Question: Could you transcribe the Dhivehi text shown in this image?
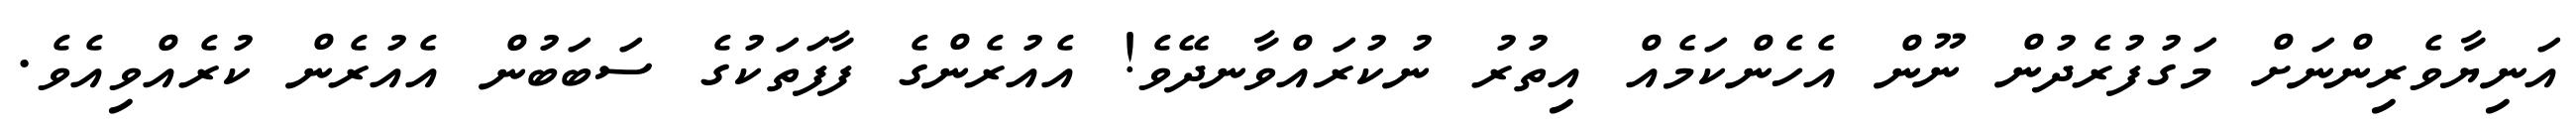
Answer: އަނިޔާވެރިންނަށް މަގުފުރެދުން ނޫން އެހެންކަމެއް އިތުރު ނުކުރައްވާނދޭވެ! އެއުރެންގެ ފާފަތަކުގެ ސަބަބުން އެއުރެން ކުރެއްވިއެވެ.